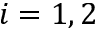
i = 1 , 2